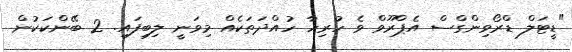
"ޑީޓަލް ޑްރޯވިންގްސް އެޕްރޫވް ވެ ހުރިހާ ހުއްދަތަކެއް މިވަނީ ލިބިފައި. 2 ބޭންކަކުން